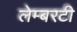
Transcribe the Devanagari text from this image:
लेम्बरटी